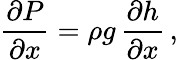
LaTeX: \frac{\partial P}{\partial x}=\rho g\, \frac{\partial h}{\partial x}\, ,